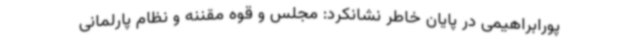
پورابراهیمی در پایان خاطر نشانکرد: مجلس و قوه مقننه و نظام پارلمانی